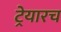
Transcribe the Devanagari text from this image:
ट्रेयारच